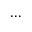
\ldots